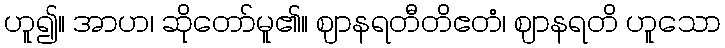
ဟူ၍။ အာဟ၊ ဆိုတော်မူ၏။ ဈာနရတီတိဧတံ၊ ဈာနရတိ ဟူသော